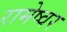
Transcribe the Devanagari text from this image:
रामेष्वर